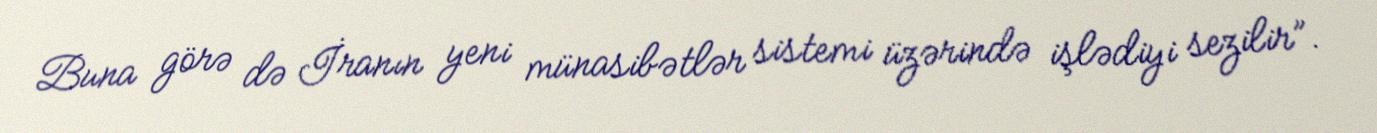
Buna görə də İranın yeni münasibətlər sistemi üzərində işlədiyi sezilir”.